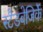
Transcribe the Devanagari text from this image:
स्टैडबेजिर्के